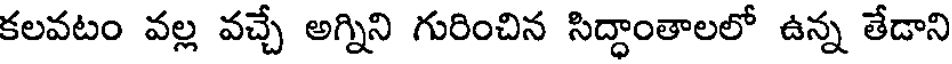
కలవటం వల్ల వచ్చే అగ్నిని గురించిన సిద్ధాంతాలలో ఉన్న తేడాని